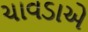
ચાવડાએ